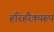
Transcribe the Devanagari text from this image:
हरिहरैक्यरूप